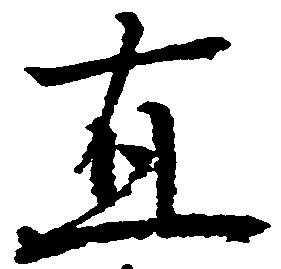
直